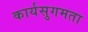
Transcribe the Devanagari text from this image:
कार्यसुगमता